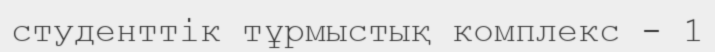
студенттік тұрмыстық комплекс - 1